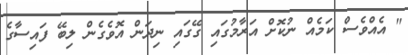
" އެއްވެސް ކަމެއް ނުކޮށް އަރާމުގައި ގޭގައި ނިދަން އޮވެގެން ލިބޭ ފައިސާގެ